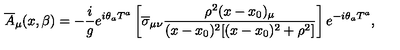
{ \overline { A } } _ { \mu } ( x , \beta ) = - \frac { i } { g } e ^ { i \theta _ { a } T ^ { a } } \left[ { \overline { \sigma } } _ { \mu \nu } \frac { \rho ^ { 2 } ( x - x _ { 0 } ) _ { \mu } } { ( x - x _ { 0 } ) ^ { 2 } [ ( x - x _ { 0 } ) ^ { 2 } + \rho ^ { 2 } ] } \right] e ^ { - i \theta _ { a } T ^ { a } } ,